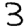
Digit: 3